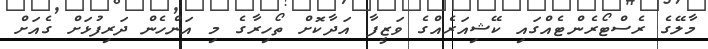
މާލޭގެ ރެސްޓޯރެންޓެއްގައި ކޭޝިއަރެއްގެ ވަޒީފާ އަދާކޮށް ތޯހިރާގެ މި އަންހެން ދަރިފުޅަށް ގެއަށް